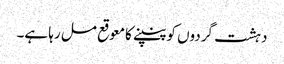
دہشت گردوں کو پنپنے کا معوقع مل رہا ہے۔